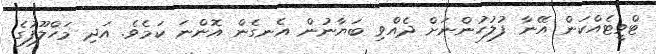
ޓްވީޓެއްކަން އޭނާ ފުލުހުންނަށް ދެއްވި ބަޔާނުން އެނގެން އޮންނަ ކަމެވެ. އަދި މަހްލޫފުގެ